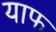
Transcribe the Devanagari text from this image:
याफ